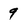
Character: 9